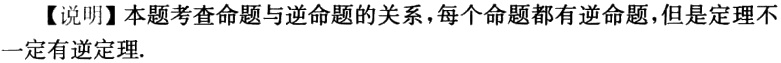
【说明】本题考查命题与逆命题的关系，每个命题都有逆命题，但是定理不一定有逆定理.